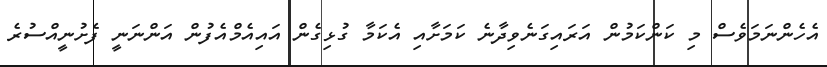
އެހެންނަމަވެސް މި ކަންކަމުން އަރައިގަނެވިދާނެ ކަމަށާއި އެކަމާ ގުޅިގެން އައިއެމްއެފުން އަންނަނީ ފެށުނީއްސުރެ